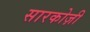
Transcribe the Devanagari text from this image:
सारकोज़ी